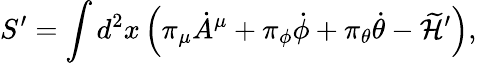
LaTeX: S^{\prime}=\int d^{2}x\left(\pi_{\mu}{\dot{A}}^{\mu}+\pi_{\phi}{\dot{\phi}}+\pi_{\theta}{\dot{\theta}}-\widetilde{\cal H}^{\prime}\right),